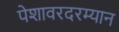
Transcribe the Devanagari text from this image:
पेशावरदरम्यान